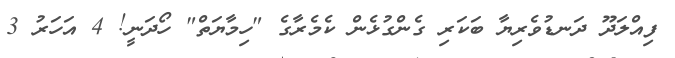
ފިއްލަދޫ ދަނޑުވެރިޔާ ބަކަރި ގެންގުޅެން ކެމެރާގެ "ހިމާޔަތް" ހޯދަނީ! 4 އަހަރު 3